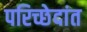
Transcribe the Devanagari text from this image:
परिच्छेदांत